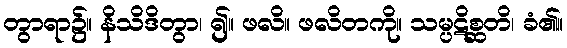
တွာရာ၌။ နိသိဒိတွာ၊ ၍။ ဖလိ။ ဖလိတကို။ သမ္ပဋိစ္ဆတိ၊ ခံ၏။